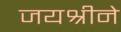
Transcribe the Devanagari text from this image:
जयश्रीने